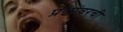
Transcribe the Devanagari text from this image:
प्रश्नांवरची